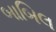
બાબિલ